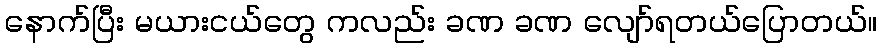
နောက်ပြီး မယားငယ်တွေ ကလည်း ခဏ ခဏ လျော်ရတယ်ပြောတယ်။